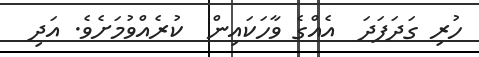
ހުރި ގަދަފަދަ  އެއްގެ ވާހަކައިން  ކުރެއްވުމަށެވެ. އަދި